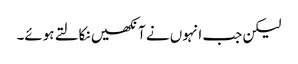
لیکن جب انہوں نے آنکھیں نکالتے ہوئے۔